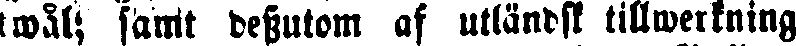
wål; samt dssutom af utländsk tillwerkning